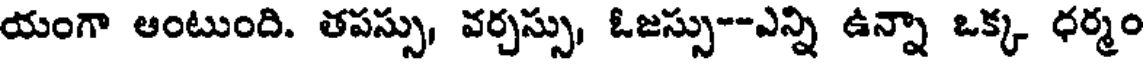
యంగా ఆంటుంది. తపస్సు, వర్చస్సు, ఓజస్సు--ఎన్ని ఉన్నా ఒక్క ధర్మం